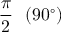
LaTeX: { \frac { \pi } { 2 } } \ \ ( 9 0 ^ { \circ } )